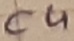
Text: C4